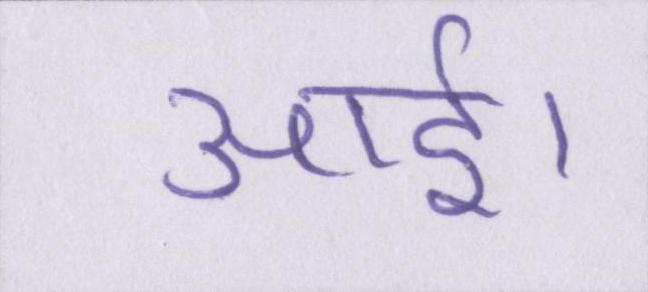
आई।